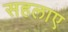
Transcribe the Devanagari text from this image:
सहलाए